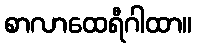
စာလာထေရီဂါထာ။